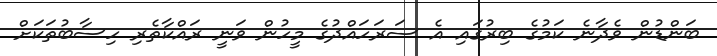
ބަންޑުން ވެދާނެ ކަމުގެ ބިރުގައި އެ ސަރަހައްދުގެ މީހުން ވަނީ ރައްކާތެރި ހިސާބުތަކަށް